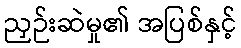
ညှဉ်းဆဲမှု၏ အပြစ်နှင့်